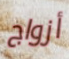
أزواج